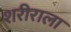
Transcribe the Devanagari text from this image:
शरीराला